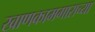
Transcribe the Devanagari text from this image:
खाणकामगाराच्या